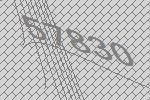
57830